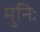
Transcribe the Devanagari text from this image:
मुनिः